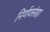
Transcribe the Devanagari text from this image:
निर्णयसंग्रह